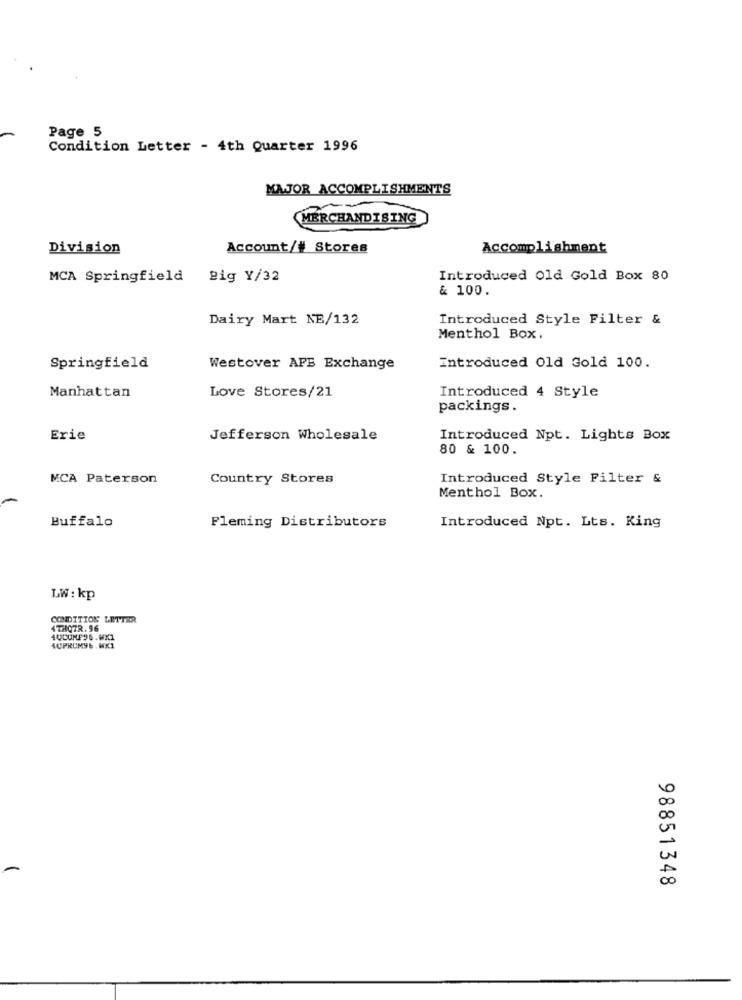
Page 5
Condition Letter - 4th Quarter 1996
MAJOR ACCOMPLISHMENTS
--
MERCHANDISING
Division
Account/# Stores
Accomplishment
MCA Springfield Big Y/32
Introduced Old Gold Box 80
& 100.
Dairy Mart NE/132
Introduced Style Filter &
Menthol Box.
Springfield
Westover AFB Exchange
Introduced Old Gold 100.
Manhattan
Love Stores/21
Introduced 4 Style
packings.
Erie
Jefferson Wholesale
Introduced Npt. Lights Box
80 & 100.
MCA Paterson
Country Stores
Introduced Style Filter &
Menthol Box.
Introduced Npt. Lts. King
Buffalo
Fleming Distributors
LW : kp
CONDITION LETTER
4THQTR. 96
AUPRUMSE .WX1
98851348